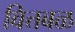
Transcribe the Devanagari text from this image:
वित्तबळ